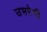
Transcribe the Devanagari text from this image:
उभरेगी